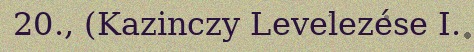
20., (Kazinczy Levelezése I.